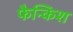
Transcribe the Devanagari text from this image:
फैन्किश